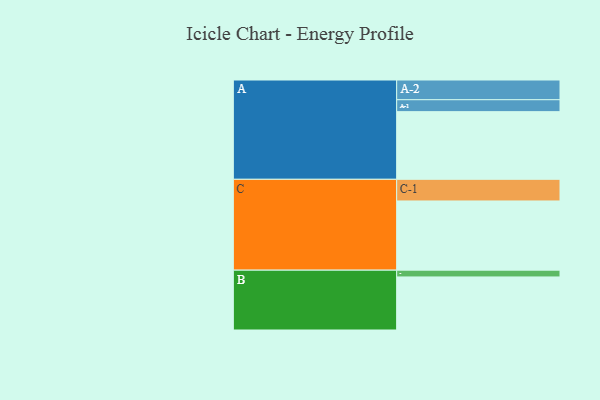
{"axis": {"x": "Segment", "y": "Value"}, "legend": ["", "A", "B", "C"], "data": [{"x": "A", "y": 528, "type": ""}, {"x": "B", "y": 414, "type": ""}, {"x": "C", "y": 540, "type": ""}, {"x": "A-1", "y": 93, "type": "A"}, {"x": "A-2", "y": 154, "type": "A"}, {"x": "B-1", "y": 53, "type": "B"}, {"x": "C-1", "y": 169, "type": "C"}]}